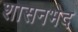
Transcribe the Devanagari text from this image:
शासनभेद